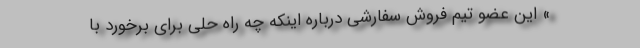
» این عضو تیم فروش سفارشی درباره اینکه چه راه حلی برای برخورد با